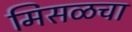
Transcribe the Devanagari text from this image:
मिसळचा